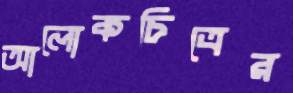
আলোকচিত্রের